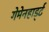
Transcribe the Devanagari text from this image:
गेमेनहार्ड्ट